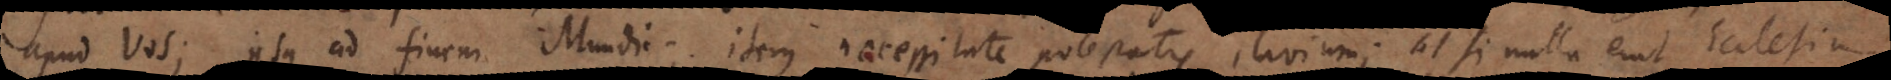
apud vos; usque ad finem Mundi; item necessitate potestatis clavium; at si nulla erat Ecclesia